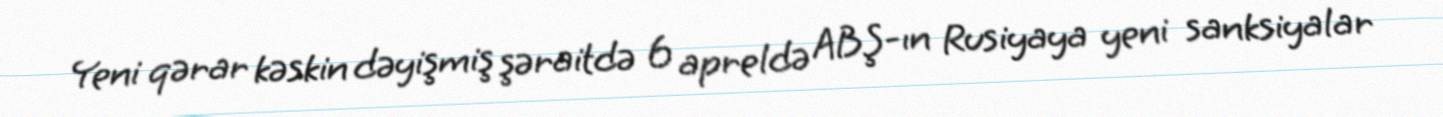
Yeni qərar kəskin dəyişmiş şəraitdə 6 apreldə ABŞ-ın Rusiyaya yeni sanksiyalar